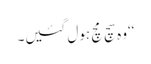
‘‘وہ سچ مچ ہول گئیں۔